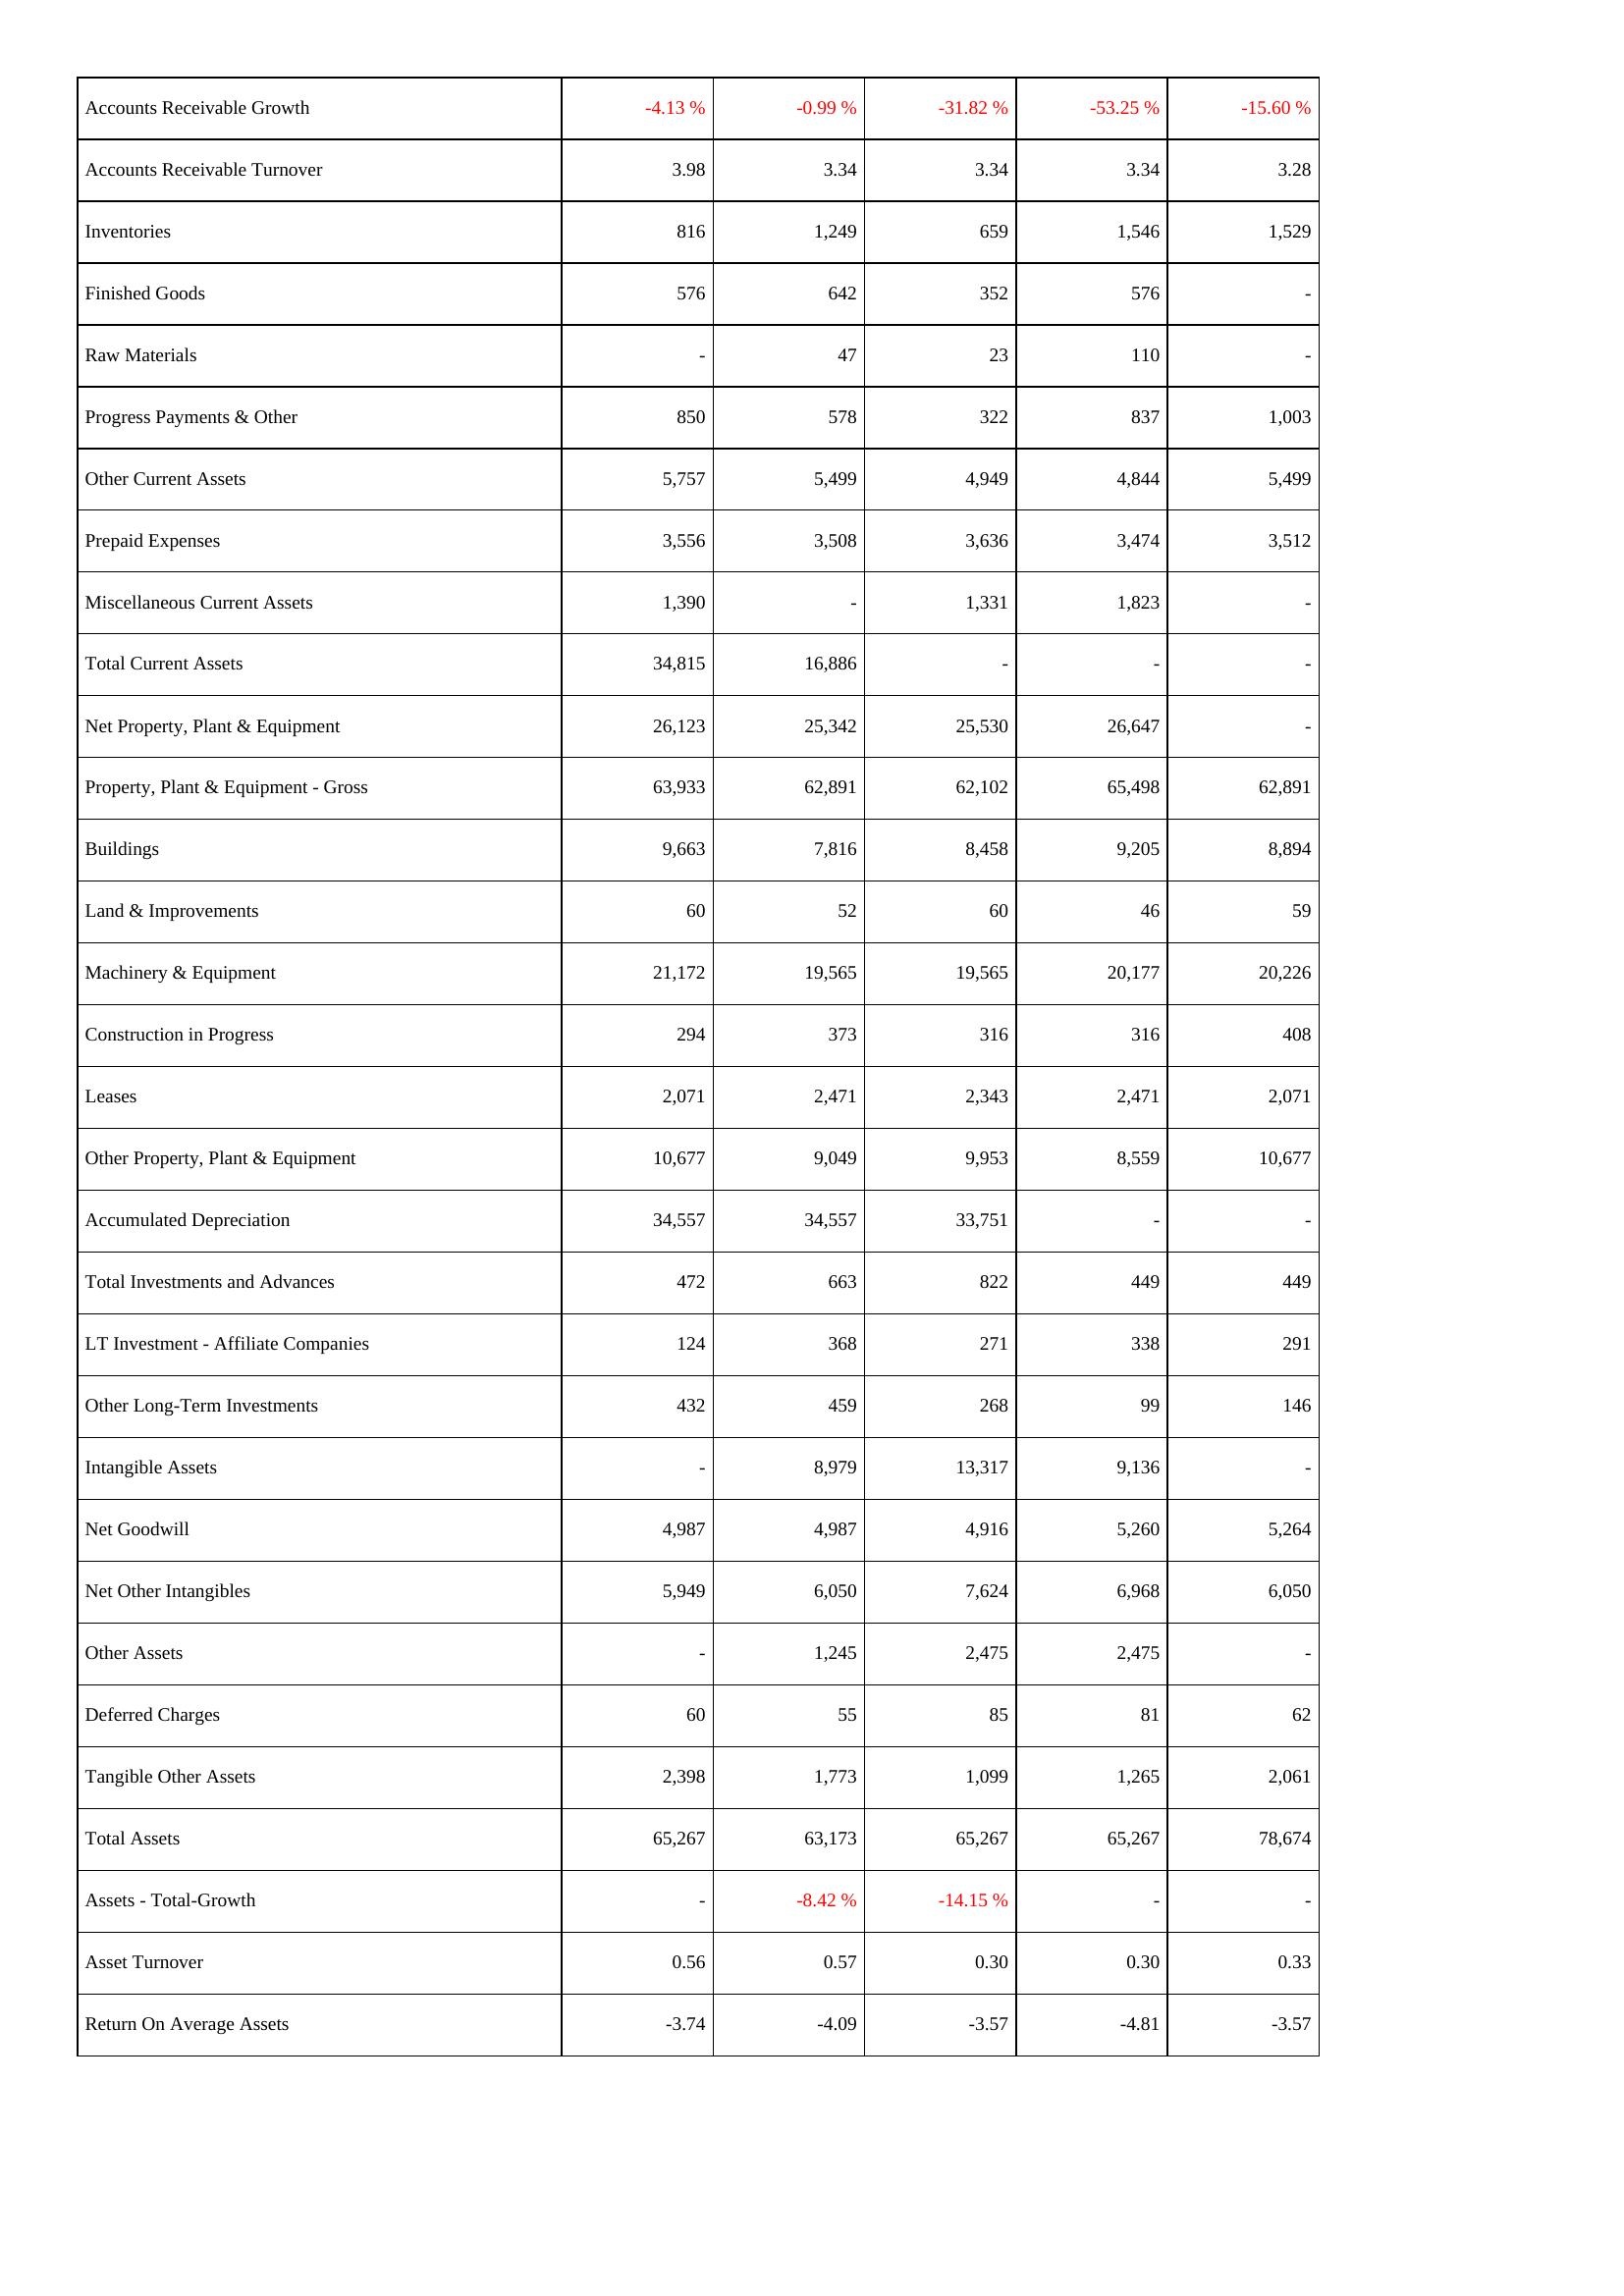
2014: Assets: Accounts Receivable Growth: -4.13 %
Accounts Receivable Turnover: 3.98
Inventories: 816
Finished Goods: 576
Raw Materials: -
Progress Payments & Other: 850
Other Current Assets: 5,757
Prepaid Expenses: 3,556
Miscellaneous Current Assets: 1,390
Total Current Assets: 34,815
Net Property, Plant & Equipment: 26,123
Property, Plant & Equipment - Gross: 63,933
Buildings: 9,663
Land & Improvements: 60
Machinery & Equipment: 21,172
Construction in Progress: 294
Leases: 2,071
Other Property, Plant & Equipment: 10,677
Accumulated Depreciation: 34,557
Total Investments and Advances: 472
LT Investment - Affiliate Companies: 124
Other Long-Term Investments: 432
Intangible Assets: -
Net Goodwill: 4,987
Net Other Intangibles: 5,949
Other Assets: -
Deferred Charges: 60
Tangible Other Assets: 2,398
Total Assets: 65,267
Assets - Total-Growth: -
Asset Turnover: 0.56
Return On Average Assets: -3.74
2015: Assets: Accounts Receivable Growth: -0.99 %
Accounts Receivable Turnover: 3.34
Inventories: 1,249
Finished Goods: 642
Raw Materials: 47
Progress Payments & Other: 578
Other Current Assets: 5,499
Prepaid Expenses: 3,508
Miscellaneous Current Assets: -
Total Current Assets: 16,886
Net Property, Plant & Equipment: 25,342
Property, Plant & Equipment - Gross: 62,891
Buildings: 7,816
Land & Improvements: 52
Machinery & Equipment: 19,565
Construction in Progress: 373
Leases: 2,471
Other Property, Plant & Equipment: 9,049
Accumulated Depreciation: 34,557
Total Investments and Advances: 663
LT Investment - Affiliate Companies: 368
Other Long-Term Investments: 459
Intangible Assets: 8,979
Net Goodwill: 4,987
Net Other Intangibles: 6,050
Other Assets: 1,245
Deferred Charges: 55
Tangible Other Assets: 1,773
Total Assets: 63,173
Assets - Total-Growth: -8.42 %
Asset Turnover: 0.57
Return On Average Assets: -4.09
2016: Assets: Accounts Receivable Growth: -31.82 %
Accounts Receivable Turnover: 3.34
Inventories: 659
Finished Goods: 352
Raw Materials: 23
Progress Payments & Other: 322
Other Current Assets: 4,949
Prepaid Expenses: 3,636
Miscellaneous Current Assets: 1,331
Total Current Assets: -
Net Property, Plant & Equipment: 25,530
Property, Plant & Equipment - Gross: 62,102
Buildings: 8,458
Land & Improvements: 60
Machinery & Equipment: 19,565
Construction in Progress: 316
Leases: 2,343
Other Property, Plant & Equipment: 9,953
Accumulated Depreciation: 33,751
Total Investments and Advances: 822
LT Investment - Affiliate Companies: 271
Other Long-Term Investments: 268
Intangible Assets: 13,317
Net Goodwill: 4,916
Net Other Intangibles: 7,624
Other Assets: 2,475
Deferred Charges: 85
Tangible Other Assets: 1,099
Total Assets: 65,267
Assets - Total-Growth: -14.15 %
Asset Turnover: 0.30
Return On Average Assets: -3.57
2017: Assets: Accounts Receivable Growth: -53.25 %
Accounts Receivable Turnover: 3.34
Inventories: 1,546
Finished Goods: 576
Raw Materials: 110
Progress Payments & Other: 837
Other Current Assets: 4,844
Prepaid Expenses: 3,474
Miscellaneous Current Assets: 1,823
Total Current Assets: -
Net Property, Plant & Equipment: 26,647
Property, Plant & Equipment - Gross: 65,498
Buildings: 9,205
Land & Improvements: 46
Machinery & Equipment: 20,177
Construction in Progress: 316
Leases: 2,471
Other Property, Plant & Equipment: 8,559
Accumulated Depreciation: -
Total Investments and Advances: 449
LT Investment - Affiliate Companies: 338
Other Long-Term Investments: 99
Intangible Assets: 9,136
Net Goodwill: 5,260
Net Other Intangibles: 6,968
Other Assets: 2,475
Deferred Charges: 81
Tangible Other Assets: 1,265
Total Assets: 65,267
Assets - Total-Growth: -
Asset Turnover: 0.30
Return On Average Assets: -4.81
2018: Assets: Accounts Receivable Growth: -15.60 %
Accounts Receivable Turnover: 3.28
Inventories: 1,529
Finished Goods: -
Raw Materials: -
Progress Payments & Other: 1,003
Other Current Assets: 5,499
Prepaid Expenses: 3,512
Miscellaneous Current Assets: -
Total Current Assets: -
Net Property, Plant & Equipment: -
Property, Plant & Equipment - Gross: 62,891
Buildings: 8,894
Land & Improvements: 59
Machinery & Equipment: 20,226
Construction in Progress: 408
Leases: 2,071
Other Property, Plant & Equipment: 10,677
Accumulated Depreciation: -
Total Investments and Advances: 449
LT Investment - Affiliate Companies: 291
Other Long-Term Investments: 146
Intangible Assets: -
Net Goodwill: 5,264
Net Other Intangibles: 6,050
Other Assets: -
Deferred Charges: 62
Tangible Other Assets: 2,061
Total Assets: 78,674
Assets - Total-Growth: -
Asset Turnover: 0.33
Return On Average Assets: -3.57